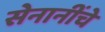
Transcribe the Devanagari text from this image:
सेनानींचे